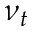
\nu _ { t }